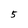
Character: 5